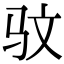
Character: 𫘜